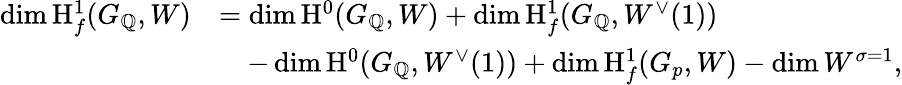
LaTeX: \begin{array}{rl}{\dim\mathrm H_{f}^{1}(G_{\mathbb Q},W)}&{=\dim\mathrm H^{0}(G_{\mathbb Q},W)+\dim\mathrm H_{f}^{1}(G_{\mathbb Q},W^{\vee}(1))}\\ &{\quad-\dim\mathrm H^{0}(G_{\mathbb Q},W^{\vee}(1))+\dim\mathrm H_{f}^{1}(G_{p},W)-\dim W^{\sigma=1},}\end{array}